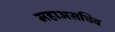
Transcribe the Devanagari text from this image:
महाअसचिव